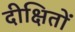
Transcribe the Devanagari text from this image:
दीक्षितों